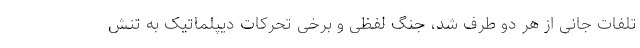
تلفات جانی از هر دو طرف شد، جنگ لفظی و برخی تحرکات دیپلماتیک به تنش